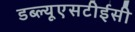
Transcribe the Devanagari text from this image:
डब्ल्यूएसटीईसी